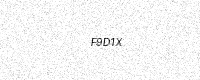
Text: F9D1X